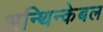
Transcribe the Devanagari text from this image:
अन्थिन्केबल